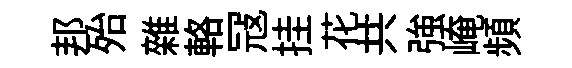
邦殆雜輅冦挂花共強崦頻